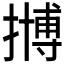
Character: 𱠲